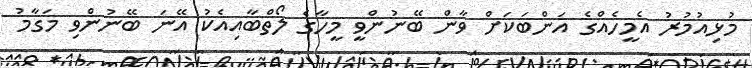
މުޅިއުމުރު އެމީހެއްގެ އަންބަކަށް ވާން ބޭނުންވީ މީހާގެ ލޯތްބާއިއެކު އޭނަ ބޭނުންވި މަގާމު